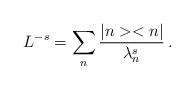
LaTeX: \begin{align*}L^{-s}=\sum_n \frac{\vert n>< n\vert}{\lambda_n^s}\,.\end{align*}